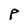
Character: P